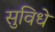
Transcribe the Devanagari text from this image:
सुविधे